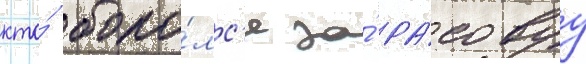
кто́ боро́лс'я за́ ра́совуу